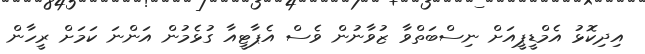
އިދިކޮޅު އެމްޑީޕީއަށް ނިސްބަތްވާ ޒުވާނުން ވެސް އެޕާޓީއާ ގުޅެމުން އަންނަ ކަމަށް ރީހާން